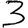
Digit: 3